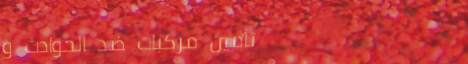
تأمين مركبات ضد الحوادث و